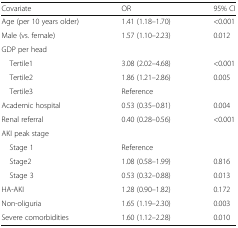
| Covariate | OR | 95% CI |
 | --- | --- | --- |
 | Age (per 10 years older) | 1.41 (1.18–1.70) | <0.001 |
 | Male (vs. female) | 1.57 (1.10–2.23) | 0.012 |
 | GDP per head |  |  |
 | Tertile1 | 3.08 (2.02–4.68) | <0.001 |
 | Tertile2 | 1.86 (1.21–2.86) | 0.005 |
 | Tertile3 | Reference |  |
 | Academic hospital | 0.53 (0.35–0.81) | 0.004 |
 | Renal referral | 0.40 (0.28–0.56) | <0.001 |
 | <COLSPAN=3> AKI peak stage |
 | Stage 1 | Reference |  |
 | Stage2 | 1.08 (0.58–1.99) | 0.816 |
 | Stage 3 | 0.53 (0.32–0.88) | 0.013 |
 | HA-AKI | 1.28 (0.90–1.82) | 0.172 |
 | Non-oliguria | 1.65 (1.19–2.30) | 0.003 |
 | Severe comorbidities | 1.60 (1.12–2.28) | 0.010 |